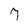
Character: 7